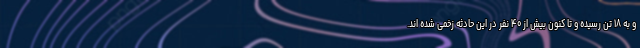
و به ۱۸ تن رسیده و تا کنون بیش از ۴۰ نفر در این حادثه زخمی شده اند.